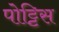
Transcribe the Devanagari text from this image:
पोट्टिस